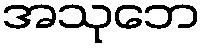
အသုဘေ